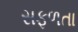
સફળતા